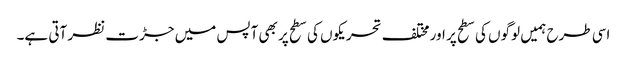
اسی طرح ہمیں لوگوں کی سطح پر اور مختلف تحریکوں کی سطح پر بھی آپس میں جڑت نظر آتی ہے۔